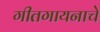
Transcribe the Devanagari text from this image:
गीतगायनाचे